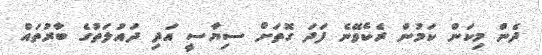
ދެން މިކަން ކަމުން ރެކެވޭނެ ފަދަ ގޮތަށް ސިޔާސީ އަދި ދައުލަތުގެ ބާރުތައް